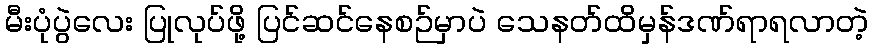
မီးပုံပွဲလေး ပြုလုပ်ဖို့ ပြင်ဆင်နေစဉ်မှာပဲ သေနတ်ထိမှန်ဒဏ်ရာရလာတဲ့